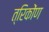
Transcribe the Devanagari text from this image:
त्रिकोंण